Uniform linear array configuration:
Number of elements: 12
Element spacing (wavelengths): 0.25
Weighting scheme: cosine
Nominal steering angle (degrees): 60
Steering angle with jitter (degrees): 59.108
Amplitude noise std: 0.05
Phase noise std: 0.05

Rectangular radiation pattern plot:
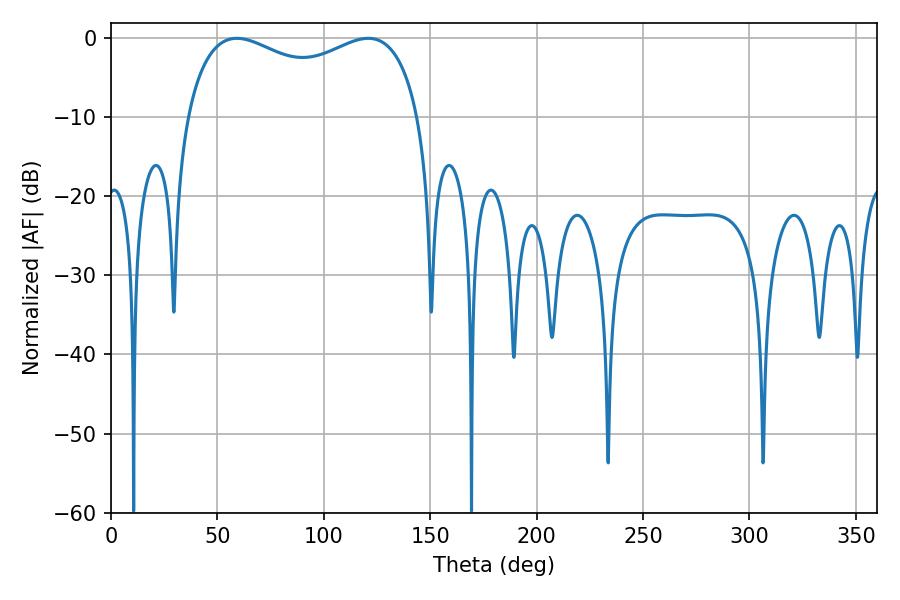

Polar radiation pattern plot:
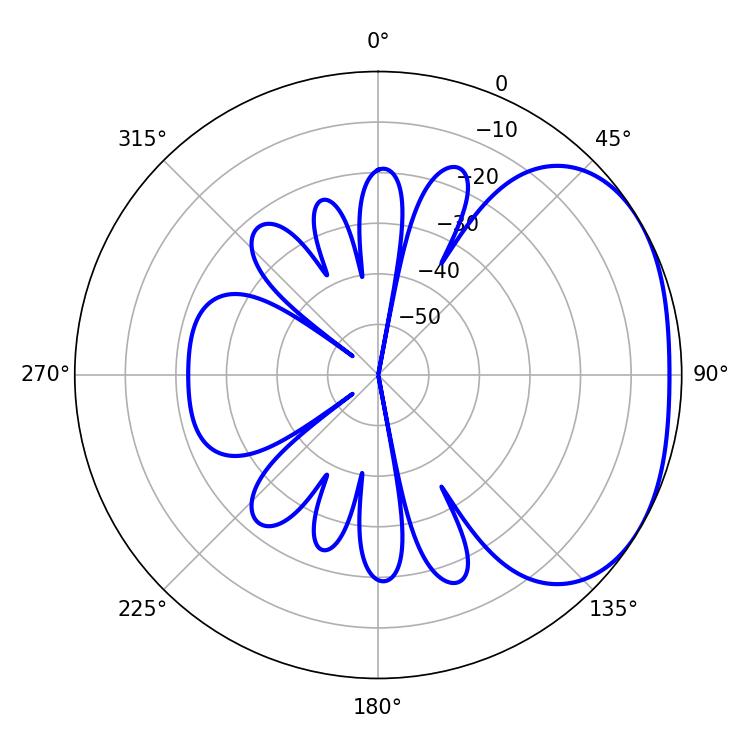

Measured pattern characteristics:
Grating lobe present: FALSE
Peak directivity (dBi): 2.357
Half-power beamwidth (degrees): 90.72
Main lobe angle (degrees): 59.04